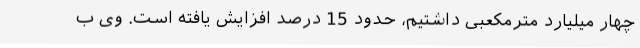
چهار میلیارد مترمکعبی داشتیم، حدود 15 درصد افزایش یافته است. وی ب